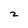
Character: z